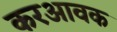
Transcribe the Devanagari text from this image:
करआवक